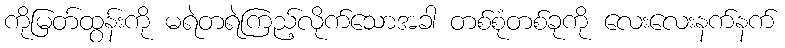
ကိုမြတ်ထွန်းကို မရဲတရဲကြည့်လိုက်သောအခါ တစ်စုံတစ်ခုကို လေးလေးနက်နက်